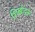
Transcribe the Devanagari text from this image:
शिखोद्गमः